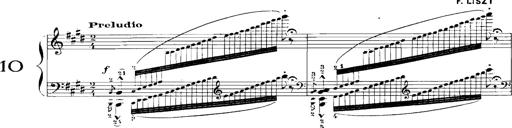
Title: Rhapsodies hongroises
Composer: Franz Liszt